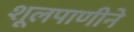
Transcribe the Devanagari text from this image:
शूलपाणीने